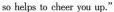
30helps to cheer you up."